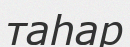
таһар